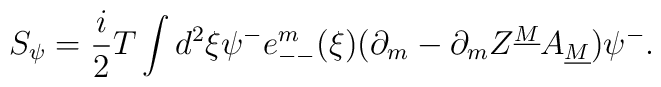
S_{\psi}={i\over 2}T\int d^2\xi\psi^-e^m_{--}(\xi)(\partial_m-\partial_mZ^{\underline M}A_{\underline M})\psi^{-}.